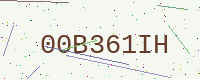
Text: 00B361IH